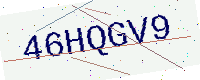
Text: 46HQGV9